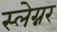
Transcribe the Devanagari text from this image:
स्लेग्नर